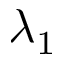
\lambda _ { 1 }